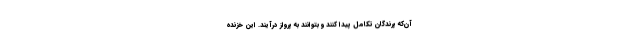
آن‌که پرندگان تکامل پیدا کنند و بتوانند به پرواز درآیند. این خزنده